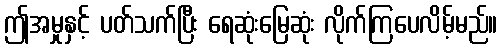
ဤအမှုနှင့် ပတ်သက်ပြီး ရေဆုံးမြေဆုံး လိုက်ကြပေလိမ့်မည်။